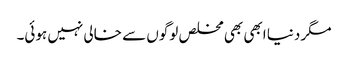
مگر دنیا ابھی بھی مخلص لوگوں سے خالی نہیں ہوئی۔